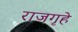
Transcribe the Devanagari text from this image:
राजगृहे